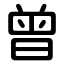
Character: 曾